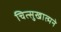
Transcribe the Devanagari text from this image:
चित्सुखात्मने